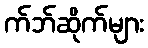
က်ဘ်ဆိုက်များ